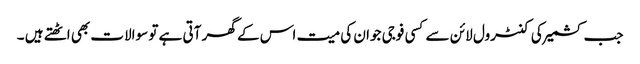
جب کشمیر کی کنٹرول لائن سے کسی فوجی جوان کی میت اس کے گھر آتی ہے تو سوالات بھی اٹھتے ہیں ۔